Report of the Indian Hemp Drugs Commission, 1894-1895 - Volume V
Year: 1894
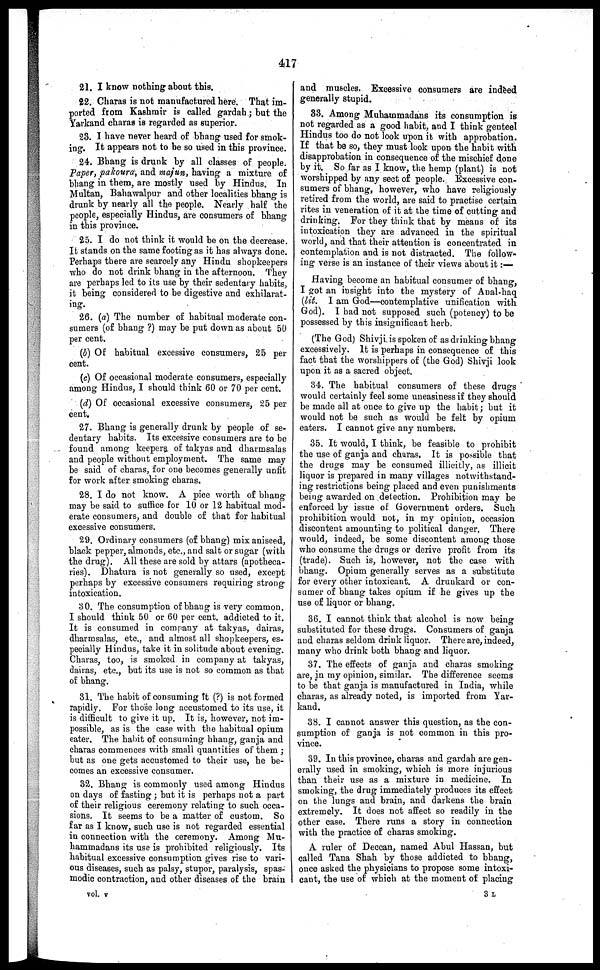
417
21. I know nothing about this.
22. Charas is not manufactured here. That im-
ported from Kashmir is called gardah; but the
Yarkand charas is regarded as superior.
23. I have never heard of bhang used for smok-
ing. It appears not to be so used in this province.
24. Bhang is drunk by all classes of people.
Paper, pakoura, and majun, having a mixture of
bhang in them, are mostly used by Hindus. In
Multan, Bahawalpur and other localities bhang is
drunk by nearly all the people. Nearly half the
people, especially Hindus, are consumers of bhang
in this province.
25. I do not think it would be on the decrease.
It stands on the same footing as it has always done.
Perhaps there are scarcely any Hindu shopkeepers
who do not drink bhang in the afternoon. They
are perhaps led to its use by their sedentary habits,
it being considered to be digestive and exhilarat-
ing.
26. (a) The number of habitual moderate con-
sumers (of bhang ?) may be put down as about 50
per cent.
(b) Of habitual excessive consumers, 25 per
cent.
(c) Of occasional moderate consumers, especially
among Hindus, I should think 60 or 70 per cent.
(d) Of occasional excessive consumers, 25 per
cent.
27. Bhang is generally drunk by people of se-
dentary habits. Its excessive cousumers are to be
found among keepers, of takyas and dharmsalas
and people without employment. The same may
be said of charas, for one becomes generally unfit
for work after smoking charas.
28. I do not know. A pice worth of bhang
may be said to suffice for 10 or 12 habitual mod-
erate cousumers, and double of that for habitual
excessive consumers.
29. Ordinary consumers (of bhang) mix aniseed,
black pepper, almonds, etc., and salt or sugar (with
the drug). All these are sold by attars (apotheca-
ries). Dhatura is not generally so used, except
perhaps by excessive consumers requiring strong
intoxication.
30. The consumption of bhang is very common.
I should think 50 or 60 per cent. addicted to it.
It is consumed in company at takyas, dairas,
dharmsalas, etc., and almost all shopkeepers, es-
pecially Hindus, take it in solitude about evening.
Charas, too, is smoked in company at takyas,
dairas, etc., but its use is not so common as that
of bhang.
31. The habit of consuming it (?) is not formed
rapidly. For those long accustomed to its use, it
is difficult to give it up. It is, however, not im-
possible, as is the case with the habitual opium
eater. The habit of consuming bhang, ganja and
charas commences with small quantities of them;
but as one gets accustomed to their use, he be-
comes an excessive consumer.
32. Bhang is commonly used among Hindus
on days of fasting; but it is perhaps not a part
of their religious ceremony relating to such occa-
sions. It seems to be a matter of custom. So
far as I know, such use is not regarded essential
in connection with the ceremony. Among Mu-
hammadans its use is prohibited religiously. Its
habitual excessive consumption gives rise to vari-
ous diseases, such as palsy, stupor, paralysis, spas-
modic contraction, and other diseases of the brain
and muscles. Excessive consumers are indeed
generally stupid.
33. Among Muharomadans its consumption is
not regarded as a good habit, and I think genteel
Hindus too do not look upon it with approbation.
If that be so, they must look upon the habit with
disapprobation in consequence of the mischief done
by it. So far as I know, the hemp (plant) is not
worshipped by any sect of people. Excessive con-
sumers of bhang, however, who have religiously
retired from the world, are said to practise certain
rites in veneration of it at the time of cutting and
drinking. For they think that by means of its
intoxication they are advanced in the spiritual
world, and that their attention is concentrated in
contemplation and is not distracted. The follow-
ing verse is an instance of their views about it:—
Having become an habitual consumer of bhang,
I got an insight into the mystery of Anal-haq
(lit. I am God—contemplative unification with
God). I had not supposed such (potency) to be
possessed by this insignificant herb.
(The God) Shivji is spoken of as drinking bhang
excessively. It is perhaps in consequence of this
fact that the worshippers of (the God) Shivji look
upon it as a sacred object.
34. The habitual consumers of these drugs
would certainly feel some uneasiness if they should
be made all at once to give up the habit; but it
would not be such as would be felt by opium
eaters. I cannot give any numbers.
35. It would, I think, be feasible to prohibit
the use of ganja and charas. It is possible that
the drugs may be consumed illicitly, as illicit
liquor is prepared in many villages notwithstand-
ing restrictions being placed and even punishments
being awarded on detection. Prohibition may be
enforced by issue of Government orders. Such
prohibition would not, in my opinion, occasion
discontent amounting to political danger. There
would, indeed, be some discontent among those
who consume the drugs or derive profit from its
(trade). Such is, however, not the case with
bhang. Opium generally serves as a substitute
for every other intoxicant. A drunkard or con-
sumer of bhang takes opium if he gives up the
use of liquor or bhang.
36. I cannot think that alcohol is now being
substituted for these drugs. Consumers of ganja
and charas seldom drink liquor. There are, indeed,
many who drink both bhang and liquor.
37. The effects of ganja and charas smoking
are, in my opinion, similar. The difference seems
to be that ganja is manufactured in India, while
charas, as already noted, is imported from Yar-
kand.
38. I cannot answer this question, as the con-
sumption of ganja is not common in this pro-
vince.
39. In this province, charas and gardah are gen-
erally used in smoking, which is more injurious
than their use as a mixture in medicine. In
smoking, the drug immediately produces its effect
on the lungs and brain, and darkens the brain
extremely. It does not affect so readily in the
other case. There runs a story in connection
with the practice of charas smoking.
A ruler of Deccan, named Abul Hassan, but
called Tana Shah by those addicted to bhang,
once asked the physicians to propose some intoxi-
cant, the use of which at the moment of placing
vol. v 3 L